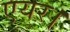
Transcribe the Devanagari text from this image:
एयर।